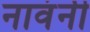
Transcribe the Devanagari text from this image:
नावंनी